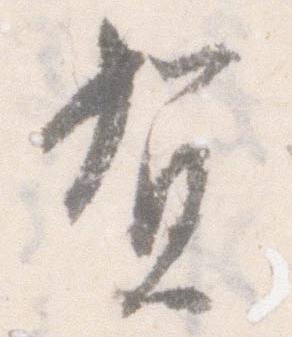
賀